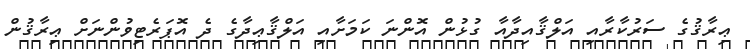
ޢިރާޤުގެ ސަރުކާރާއި އަލްޤާއިދާއާ ގުޅުން އޮންނަ ކަމަށާއި އަލްޤާޢިދާގެ ދެ އޮޕަރެޓިވުންނަށް ޢިރާޤުން